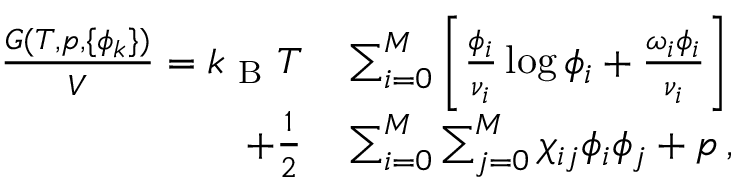
\begin{array} { r l } { \frac { G ( T , p , \{ \phi _ { k } \} ) } { V } = k _ { \mathrm { ~ B ~ } } T } & { { } \sum _ { i = 0 } ^ { M } \left[ \frac { \phi _ { i } } { \nu _ { i } } \log { \phi _ { i } } + \frac { \omega _ { i } \phi _ { i } } { \nu _ { i } } \right] } \\ { + \frac { 1 } { 2 } } & { { } \sum _ { i = 0 } ^ { M } \sum _ { j = 0 } ^ { M } \chi _ { i j } \phi _ { i } \phi _ { j } + p \, , } \end{array}